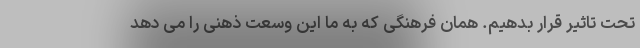
تحت تاثیر قرار بدهیم. همان فرهنگی که به ما این وسعت ذهنی را می دهد